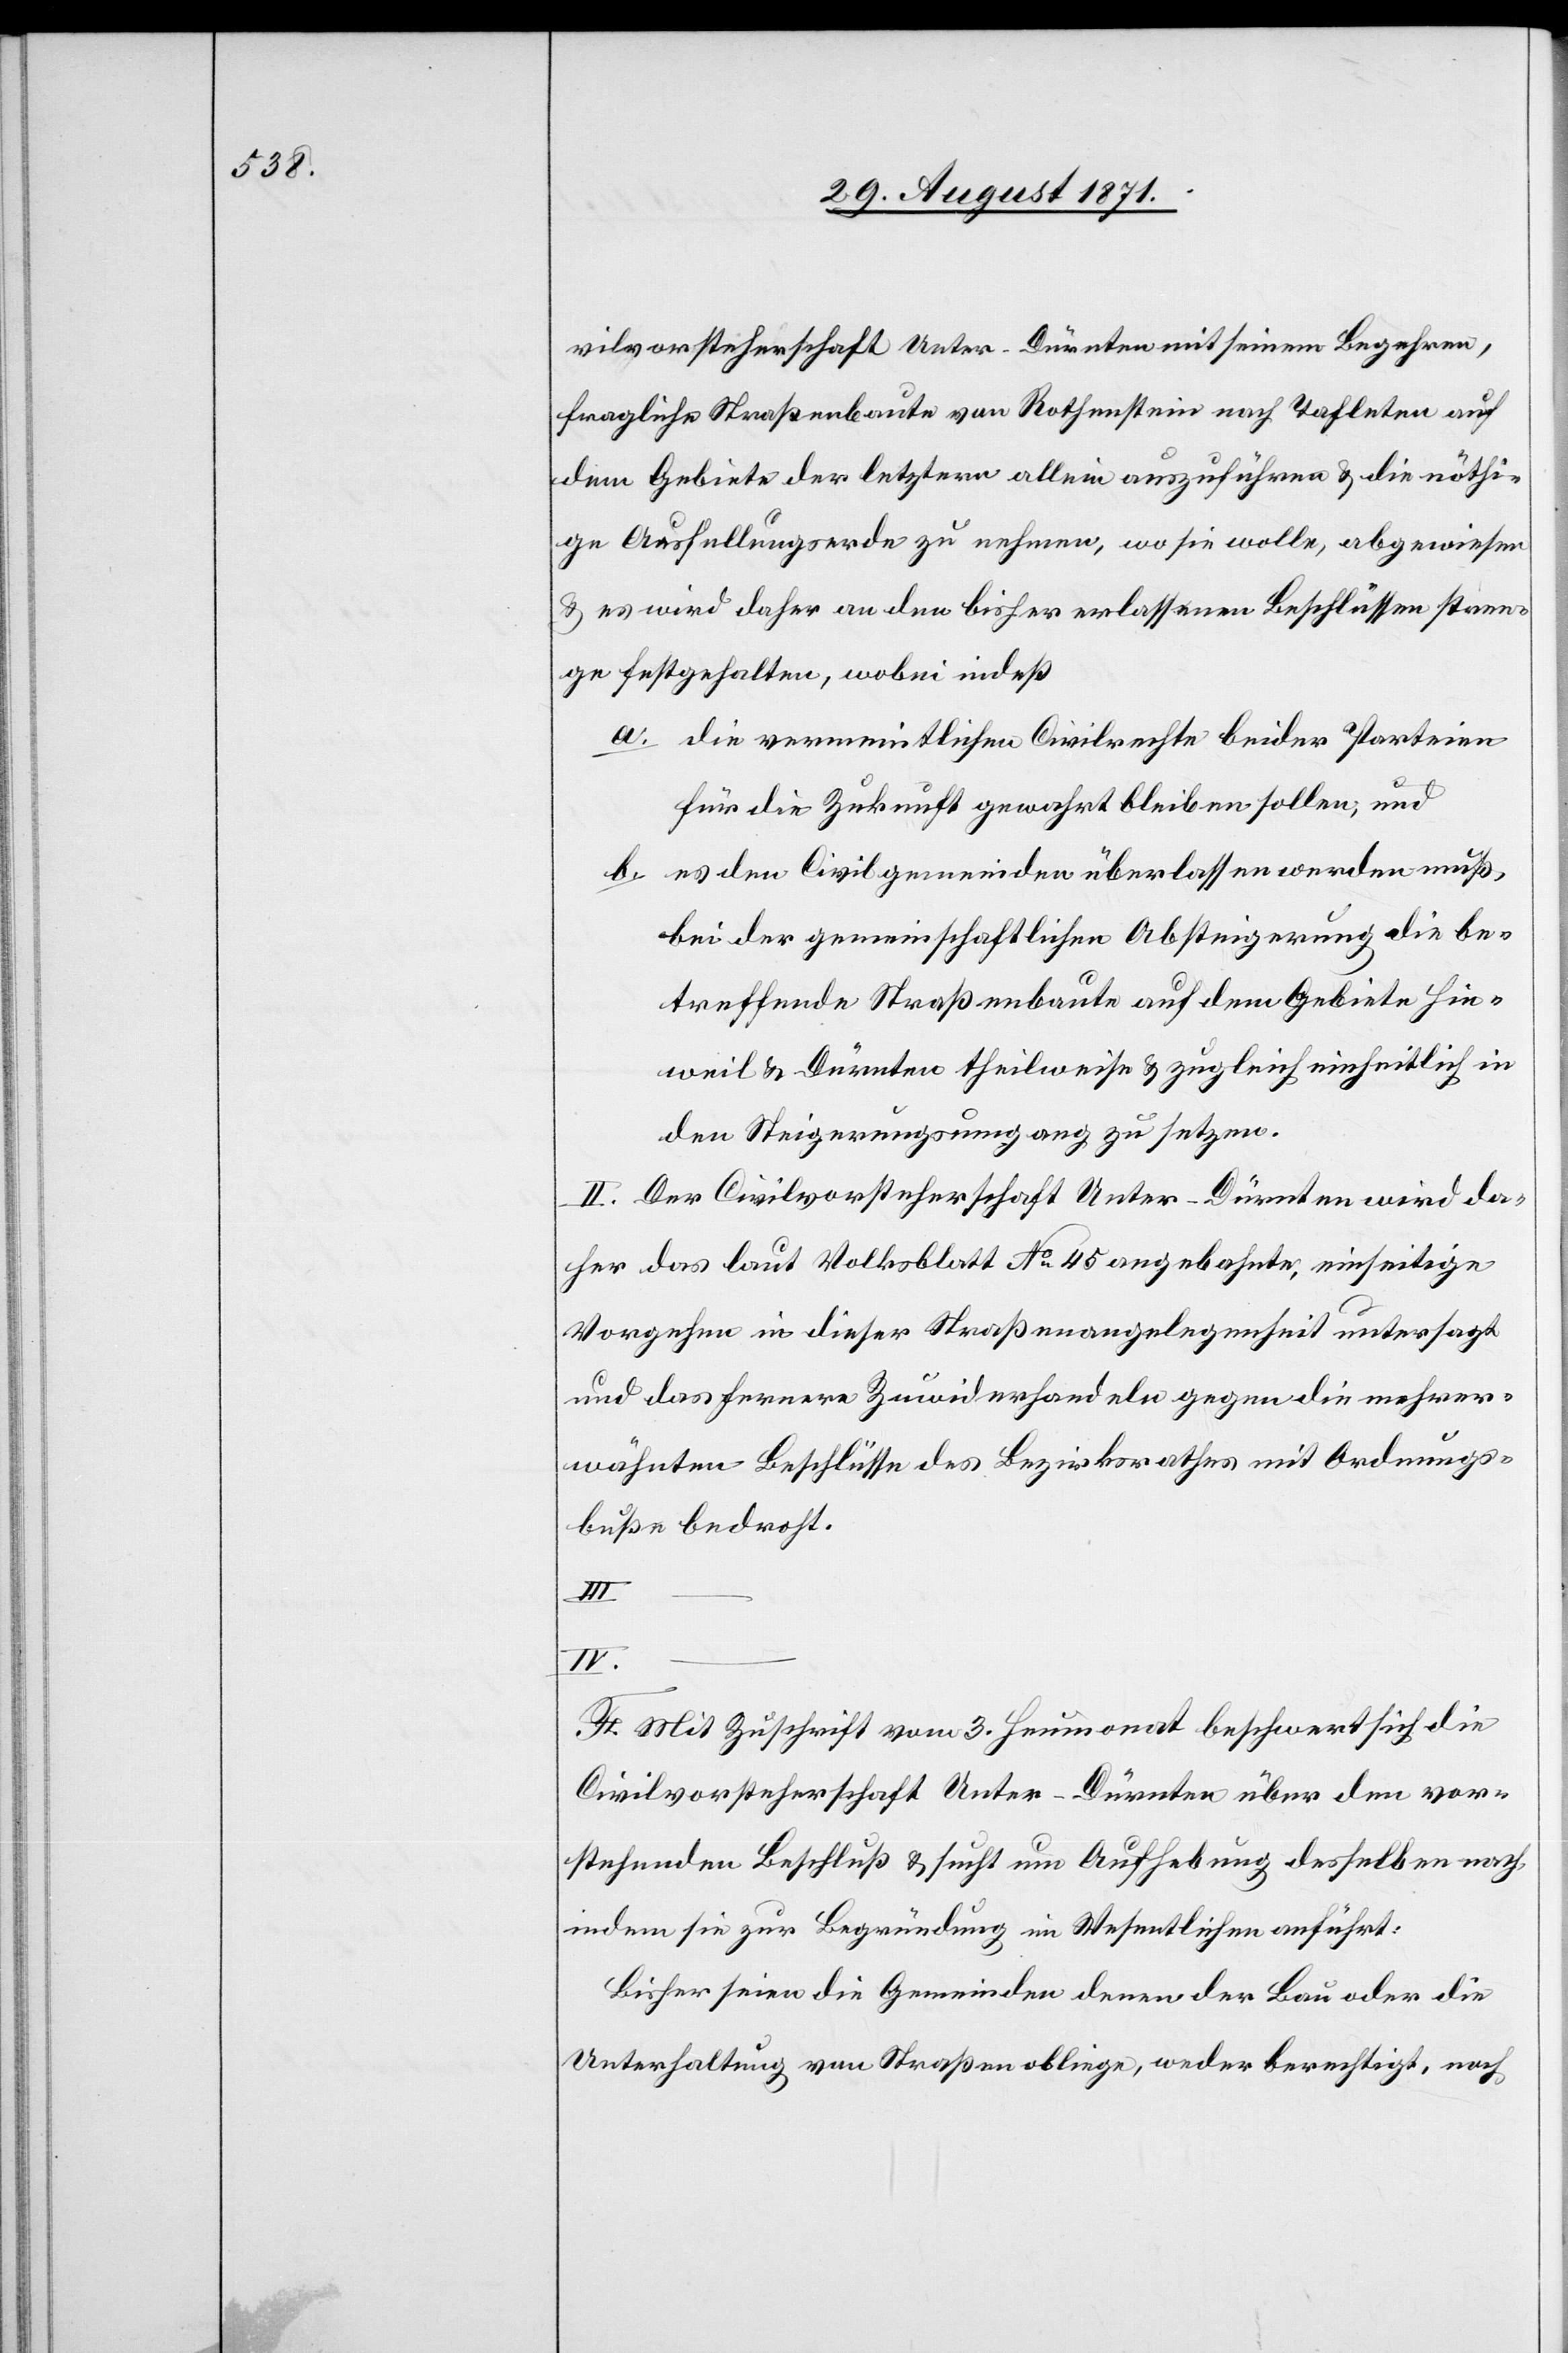
vilvorsteherschaft Unter-Dürnten mit seinem Begehren,
fragliche Straßenbaute von Rothenstein nach Tafleten auf
dem Gebiete der letzteren allein auszuführen & die nöthi¬
ge Ausfüllungserde zu nehmen, wo sie wolle, abgewiesen
& es wird daher an den bisher erlassenen Beschlüssen stren¬
ge festgehalten, wobei indeß
a. die vermeintlichen Civilrechte beider Parteien
für die Zukunft gewahrt bleiben sollen; und
b. es den Civilgemeinden überlassen werden muß,
bei der gemeinschaftlichen Absteigerung die be¬
treffende Straßenbaute auf dem Gebiete Hin¬
weil & Dürnten theilweise & zugleich einheitlich in
den Steigerungsumgang zu setzen.
II. Der Civilvorsteherschaft Unter-Dürnten wird da¬
her das laut Volksblatt No 45 angebahnte, einseitige
Vorgehen in dieser Straßenangelegenheit untersagt
und das fernere Zuwiderhandeln gegen die mehrer¬
wähnten Beschlüsse des Bezirksrathes mit Ordnungs¬
buße bedroht.
III.
IV.
F. Mit Zuschrift vom 3. Heumonat beschwert sich die
Civilvorsteherschaft Unter-Dürnten über den vor¬
stehenden Beschluß & sucht um Aufhebung desselben nach,
indem sie zur Begründung im Wesentlichen anführt:
Bisher seien die Gemeinden denen der Bau oder die
Unterhaltung von Straßen obliege, weder berechtigt, noch